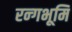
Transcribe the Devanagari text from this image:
रन्गभूमि